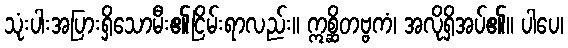
သုံးပါးအပြားရှိသောမီး၏ငြိမ်းရာလည်း။ ဣစ္ဆိတဗ္ဗကံ၊ အလိုရှိအပ်၏။ ပါပေ၊